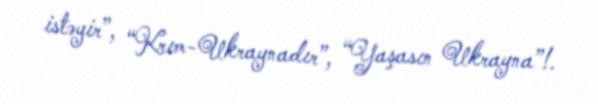
istəyir”, “Krım-Ukraynadır”, “Yaşasın Ukrayna”!.